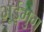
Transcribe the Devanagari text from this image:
भूईमुग